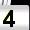
Digit: 4